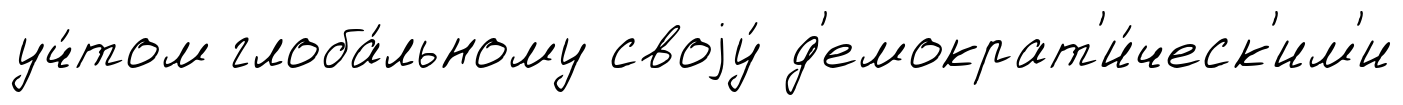
уч́том глоба́льному своjу́ д'емократ'и́ческ'им'и